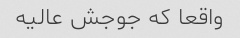
واقعا که جوجش عالیه